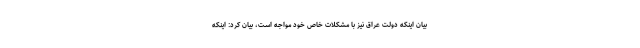
بیان اینکه دولت عراق نیز با مشکلات خاص خود مواجه است، بیان کرد: اینکه